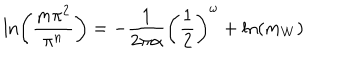
\ln \left( \frac { m \pi ^ { 2 } } { \pi ^ { n } } \right) = - \frac { 1 } { 2 \pi \alpha } \left( \frac { 1 } { 2 } \right) ^ { \omega } + \ln \left( m _ { W } \right)